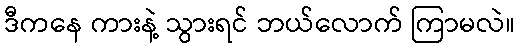
ဒီကနေ ကားနဲ့ သွားရင် ဘယ်လောက် ကြာမလဲ။